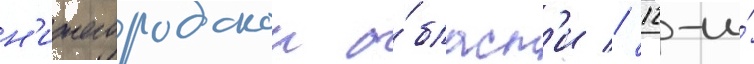
н'ижегородскои о́бласт'и // 12-и́